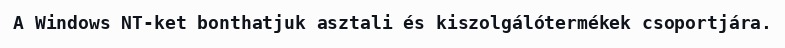
A Windows NT-ket bonthatjuk asztali és kiszolgálótermékek csoportjára.